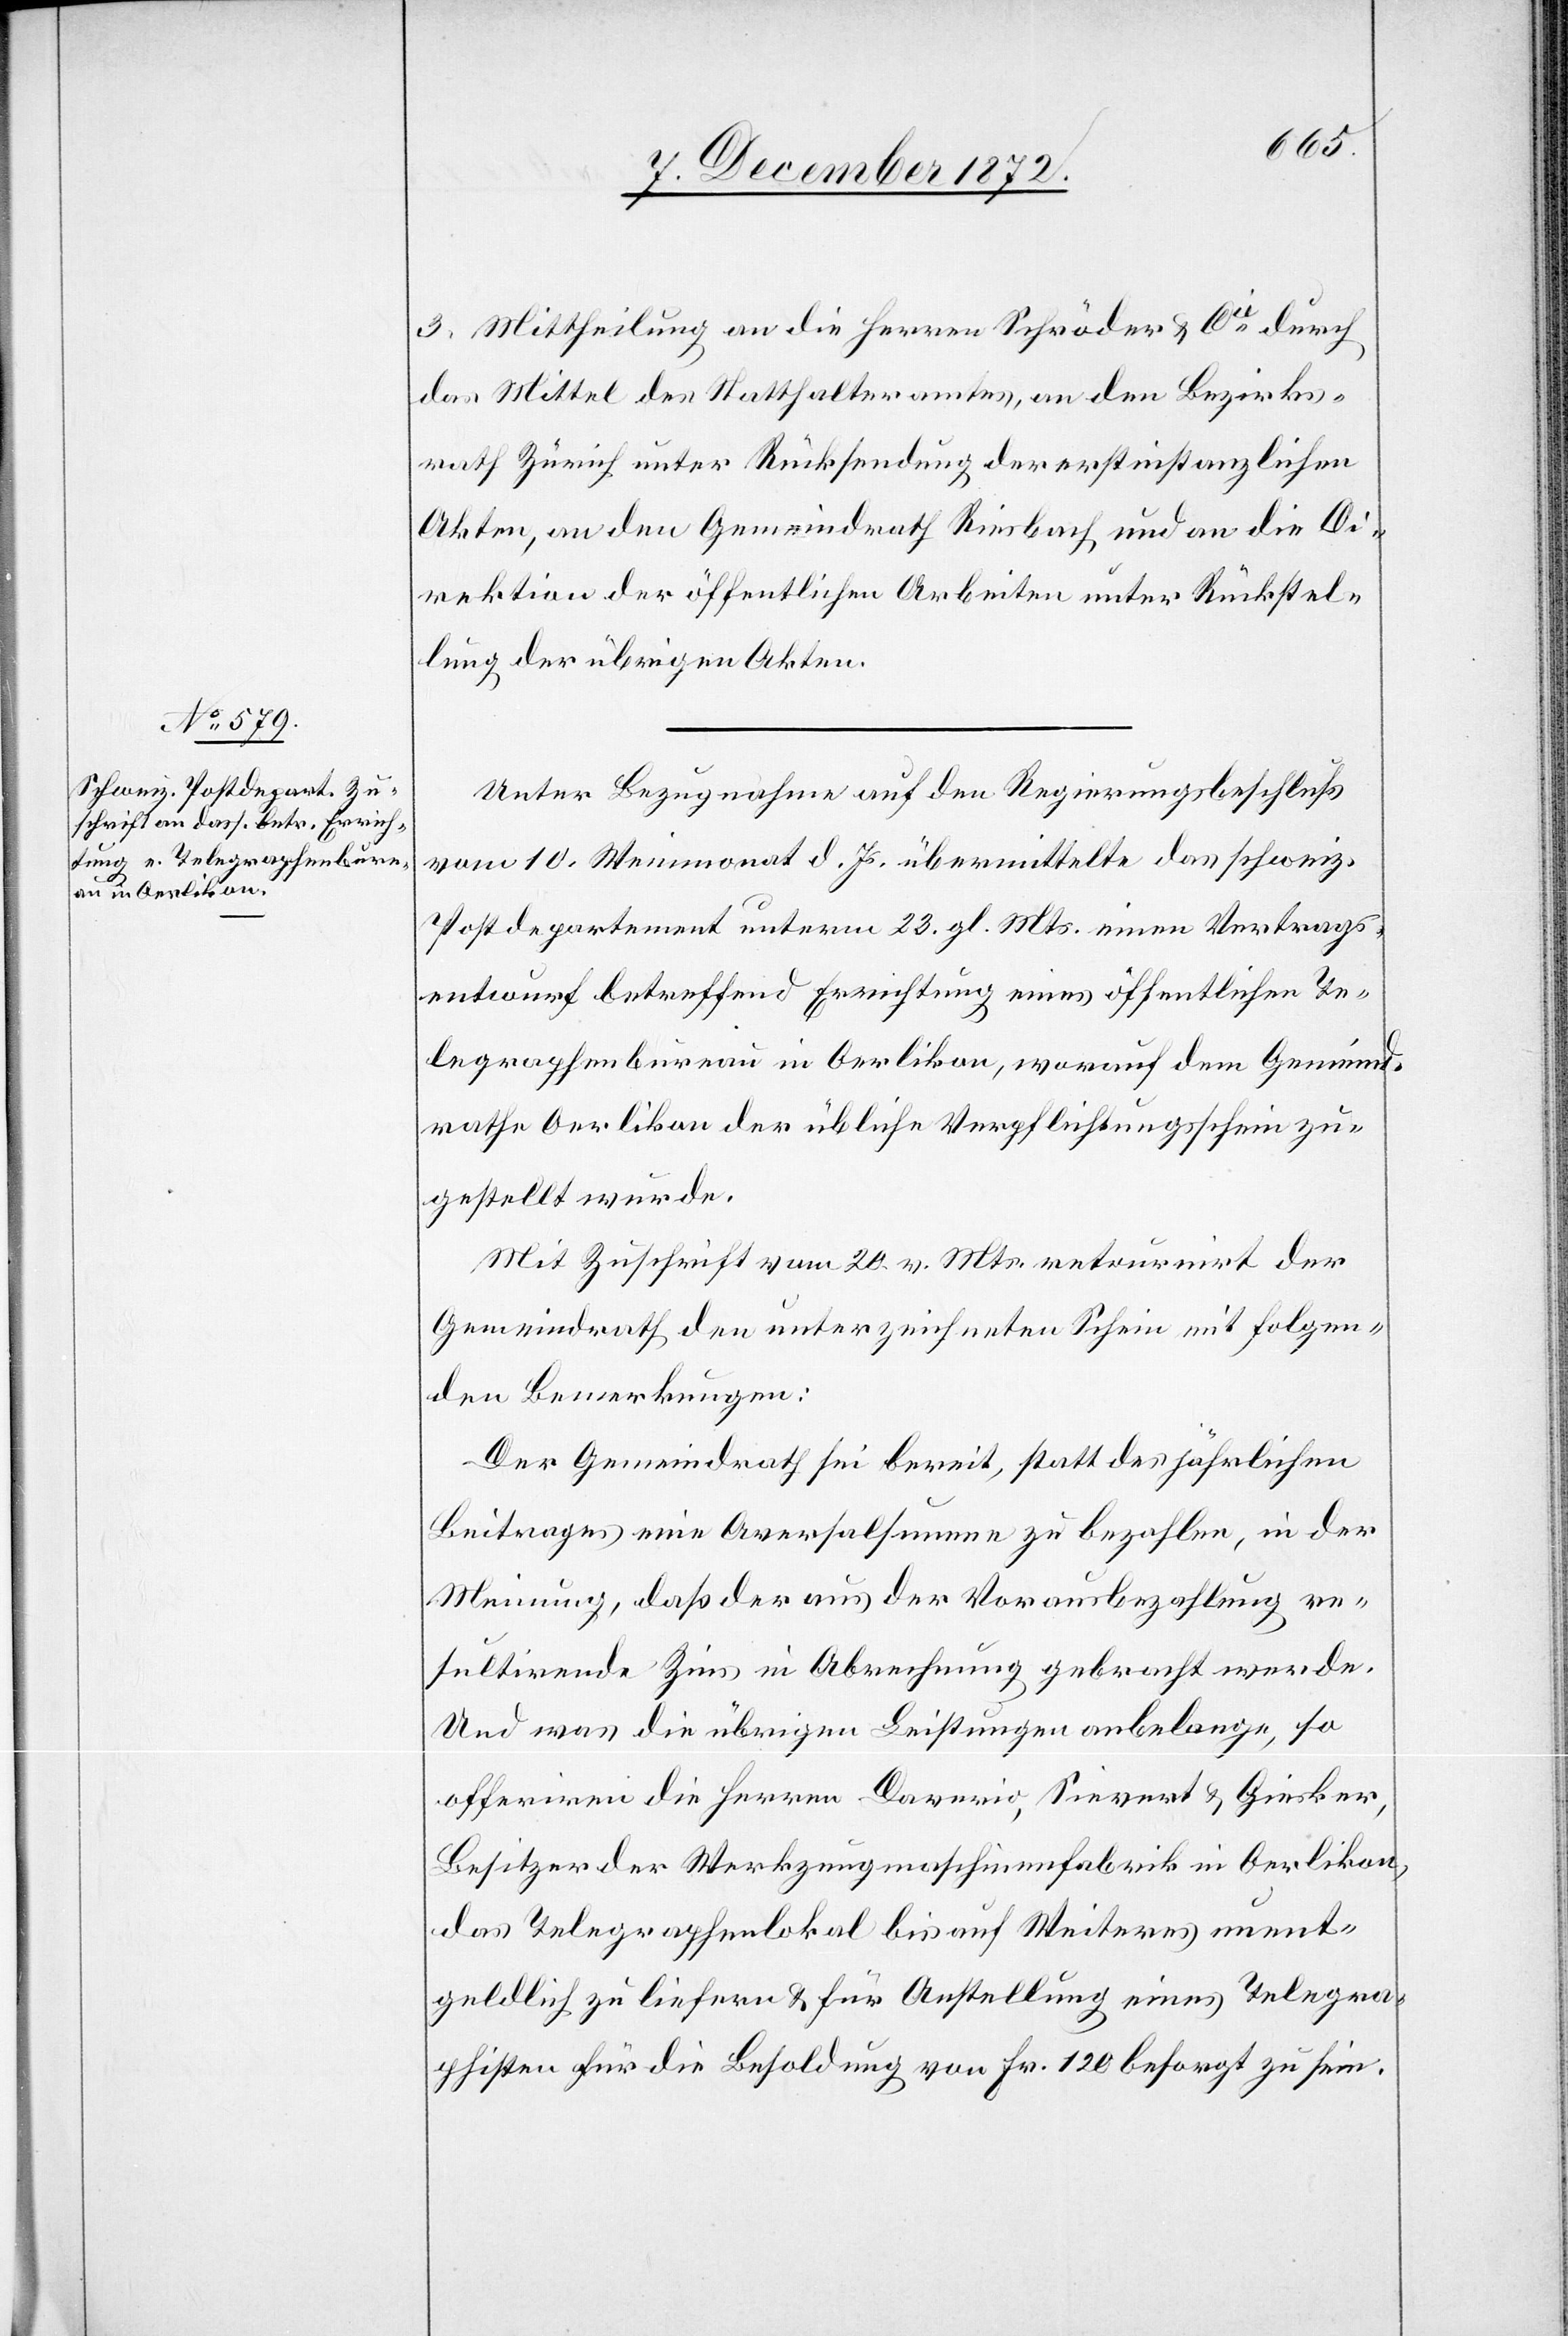
3. Mittheilung an die Herren Schröder u. Cie durch
das Mittel des Statthalteramtes, an den Bezirks¬
rath Zürich unter Rücksendung der erstinstanzlichen
Akten, an den Gemeindrath Riesbach und an die Di¬
rektion der öffentlichen Arbeiten unter Rückstel¬
lung der übrigen Akten.
Unter Bezugnahme auf den Regierungsbeschluß
vom 10. Weinmonat d. Js. übermittelte das schweiz.
Postdepartement unterm 23. gl. Mts. einen Vertrags¬
entwurf betreffend Errichtung eines öffentlichen Te¬
legraphenbureau in Oerlikon, worauf dem Gemeind¬
rathe Oerlikon der übliche Verpflichtungsschein zu¬
gestellt wurde.
Mit Zuschrift vom 20. v. Mts. retournirt der
Gemeindrath den unterzeichneten Schein mit folgen¬
den Bemerkungen:
Der Gemeindrath sei bereit, statt des jährlichen
Beitrages eine Aversalsumme zu bezahlen, in der
Meinung, daß der aus der Vorausbezahlung re¬
sultirende Zins in Abrechnung gebracht werde.
Und was die übrigen Leistungen anbelange, so
offeriren die Herren Daverio, Sievert u. Giesker,
Besitzer der Werkzeugmaschinenfabrik in Oerlikon,
das Telegraphenlokal bis auf Weiteres unent¬
geldlich zu liefern u. für Anstellung eines Telegra¬
phisten für die Besoldung von Fr. 120 besorgt zu sein.